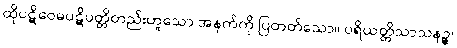
ထိုပဋိဝေဓပဋိပတ္တိတည်းဟူသော အနက်ကို ပြတတ်သော။ ပရိယတ္တိသာသနဉ္စ၊